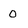
Character: O